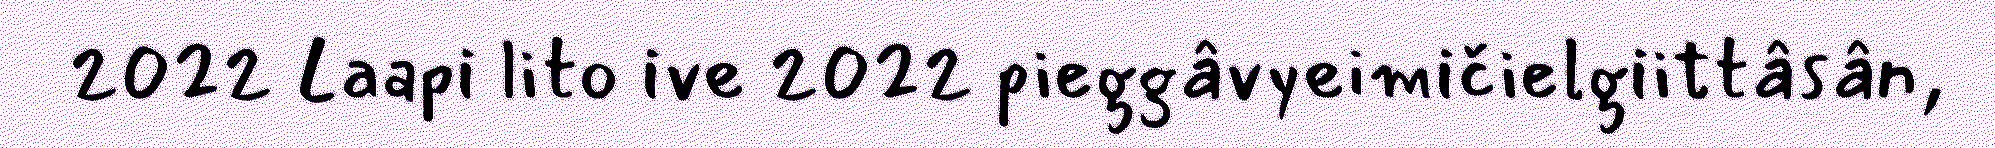
2022 Laapi lito ive 2022 pieggâvyeimičielgiittâsân,